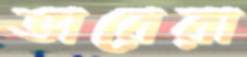
ভারেরা